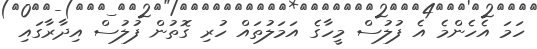
ހަމަ އެހެންމެ އެ ފުލުސް މީހާގެ އަމަލުތައް ހުރި ގޮތުން ފުލުސް އިދާރާގައި